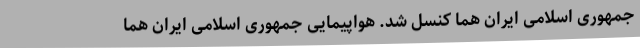
جمهوری اسلامی ایران هما کنسل شد. هواپیمایی جمهوری اسلامی ایران هما